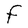
Character: F